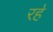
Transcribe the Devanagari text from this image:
रह॓